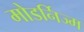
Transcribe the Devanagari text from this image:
मोडर्निज्म